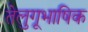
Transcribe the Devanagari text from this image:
तेलुगूभाषिक